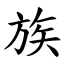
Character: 族